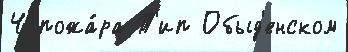
Ч пожа́ра Т'ип Обыд'енском